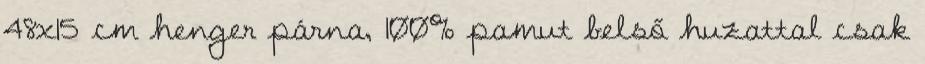
48x15 cm henger párna, 100% pamut belső huzattal csak